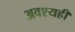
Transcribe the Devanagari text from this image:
अवश्यही